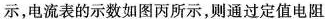
示，电流表的示数如图丙所示，则通过定值电阻